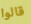
قالوا